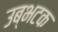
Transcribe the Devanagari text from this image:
उब्भटक